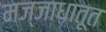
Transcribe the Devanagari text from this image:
मज्जाधातूत